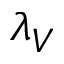
\lambda _ { V }